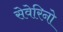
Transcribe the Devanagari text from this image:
सेवेरिनो